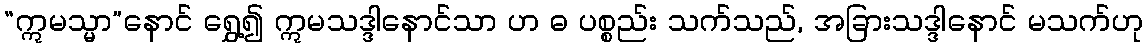
“ဣမသ္မာ”နောင် ရွှေ့၍ ဣမသဒ္ဒါနောင်သာ ဟ ဓ ပစ္စည်း သက်သည်, အခြားသဒ္ဒါနောင် မသက်ဟု